Civil Veterinary Dept. Bombay admin report 1893-99 - 1893-1899
Year: 1893
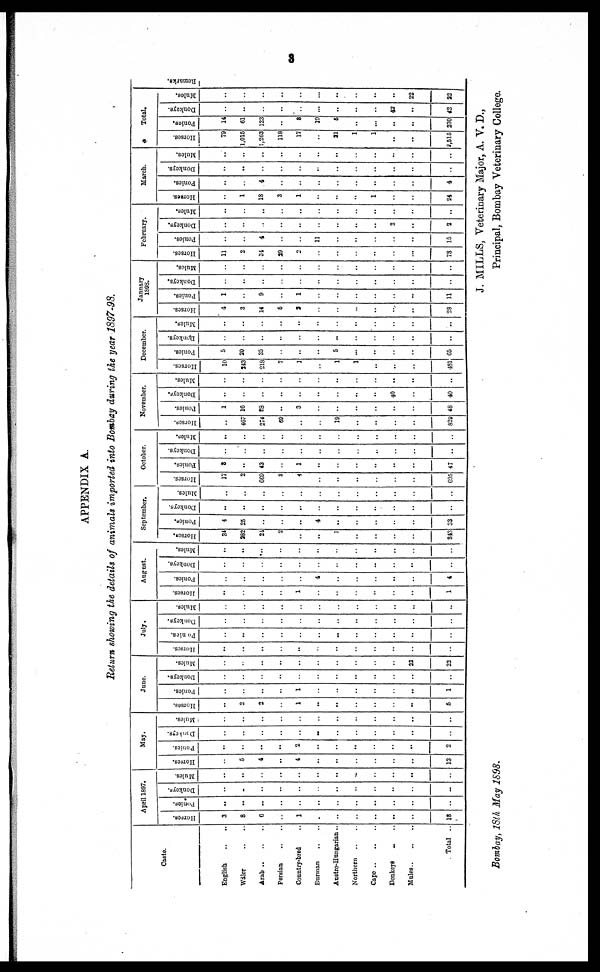
3
APPENDIX A.
Return showing the details of animals imported into Bombay during Ike year 1897-98.
Caste.
English … …
Wàler .. ..
Arab .. .. ..
Persian .. ..
Country-bred …
Burman .. ..
Austro-Hungarian ..
Northern .. ..
Cape .. .. ..
Donkeys .. ..
Mules.. .. ..
Total ..
April 1897.
Horses.
3
8
6
..
1
..
..
..
..
..
..
18
Ponies.
..
..
..
..
..
..
..
..
..
..
..
..
Donkeys.
..
..
..
..
..
..
..
..
..
..
..
..
Mules.
..
..
..
..
..
..
..
..
..
..
..
..
May.
Horses.
..
5
4
..
4
..
..
..
..
..
..
13
Ponies.
..
..
..
..
2
..
..
..
..
..
..
2
Donkeys.
..
..
..
..
..
..
..
..
..
..
..
..
Mules.
..
..
..
..
..
..
..
..
..
..
..
..
June.
Horses.
..
2
2
..
1
..
..
..
..
..
..
5
Ponies.
..
..
..
..
1
..
..
..
..
..
..
1
Donkeys.
..
..
..
..
..
..
..
..
..
..
..
..
Mules.
..
..
..
..
..
..
..
..
..
..
22
22
July.
Horses.
…
…
…
…
…
…
…
…
…
…
…
…
Ponies.
…
…
…
…
…
…
…
…
…
…
…
…
Donkeys.
…
…
…
…
…
…
…
…
…
…
…
…
Mules.
…
…
…
…
…
…
…
…
…
…
…
…
August.
Horses.
…
…
…
…
1
…
…
…
…
…
…
1
Ponies.
…
…
…
…
…
4
…
…
…
…
…
4
Donkeys.
…
…
…
…
…
…
…
…
…
…
…
…
Mules.
…
…
…
…
…
…
…
…
…
…
…
…
September.
Horses.
34
382
21
2
…
…
1
…
…
…
…
343
Ponies.
4
25
…
…
…
4
…
…
…
…
…
33
Donkeys.
..
..
…
…
…
…
…
…
…
…
…
…
Mules.
…
…
…
…
…
…
…
…
…
…
…
…
October.
Horses.
17
2
669
3
4
…
…
…
…
…
…
695
Ponies.
3
…
43
…
1
…
…
…
…
…
…
47
Donkeys.
…
…
…
…
…
…
…
…
…
…
…
…
Mules.
…
…
…
…
…
…
…
…
…
…
…
…
November.
Horses.
…
467
274
60
…
…
19
…
…
…
…
829
Ponics.
1
10
28
…
3
…
…
…
…
…
…
48
Donkeys.
…
…
…
…
…
…
…
…
…
40
…
40
Mules.
…
…
…
…
…
…
…
…
…
…
…
…
December.
Horses.
10
243
218
7
1
…
1
1
…
…
…
481
Ponies.
5
20
35
…
…
…
5
…
…
…
…
65
Donkeys.
…
…
..
…
…
…
..
…
…
…
…
…
Mules.
…
..
…
…
…
…
…
…
…
…
…
..
January
1898.
Horses.
4
3
14
5
3
…
…
…
…
…
…
28
Ponies.
1
…
9
…
1
…
…
…
…
…
…
11
Donkeys.
…
…
…
…
…
…
…
…
…
…
…
…
Mules.
…
…
…
…
…
…
…
…
…
…
…
…
February
Horses.
11
2
34
39
2
…
…
…
-
…
…
78
Ponies.
…
…
4
…
…
11
…
…
…
…
…
15
Donkeys.
…
…
…
…
…
…
…
…
…
2
…
2
Mules.
…
…
...
…
…
…
…
…
…
…
…
…
March.
Horses.
…
1
18
3
1
…
…
…
1
…
…
24
Ponies.
…
…
4
…
…
…
…
…
…
…
…
4
Donkeys.
…
…
…
…
…
…
…
…
…
…
…
…
Mules.
…
…
…
…
…
…
…
…
…
…
…
…
Total.
Horses.
79
1,015
1,263
118
17
…
31
1
1
…
…
3,515
Ponies.
14
61
123
..
8
19
5
…
…
…
…
230
Donkeys.
…
…
…
…
…
…
…
…
…
42
…
42
Mules.
…
…
…
…
…
…
…
…
…
22
22
Remarks.
Bombay, l8th May 1898.
J. MILLS, Veterinary Major, A. V. D.,
Principal, Bombay Veterinary College.